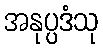
အနုပ္ပဒံသု